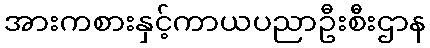
အားကစားနှင့်ကာယပညာဦးစီးဌာန